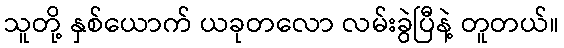
သူတို့ နှစ်ယောက် ယခုတလော လမ်းခွဲပြီနဲ့ တူတယ်။